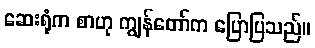
ဆေးရုံက စာဟု ကျွန်တော်က ပြောပြသည်။